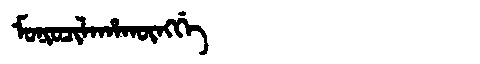
Manchu: ᠮᠣᠨᡳᠣᠴᡳᠯᠠᡥᠠᡴᡡᠩᡤᡝ
Romanization: MONIOCILAHAKŪNGGE